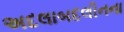
અદલાબદલીનના